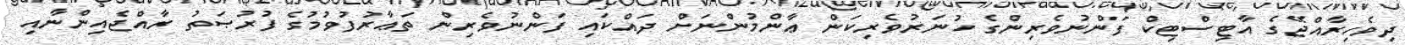
ދިވެހިރާއްޖޭގެ އާޓިސްޓިކް ފަންނުވެރިންގެ ހުނަރުވެރިކަން ޢާންމުންނަށް ދައްކައި ފަންނުވެރިން ތަޢާރުފުވުމުގެ ފުރުޞަތު ރާއްޖެއިންނާއި